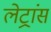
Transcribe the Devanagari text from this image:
लेट्रांस